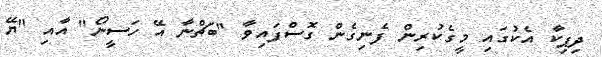
ދިޕިކާ އެކުގައި މީގެކުރިން ފެނިގެން ގޮސްފައިވާ "ބަޗްނާ އޭ ހަސީނޯ" އާއި "ޔޭ